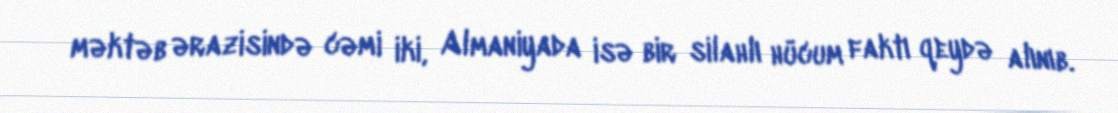
məktəb ərazisində cəmi iki, Almaniyada isə bir silahlı hücum faktı qeydə alınıb.